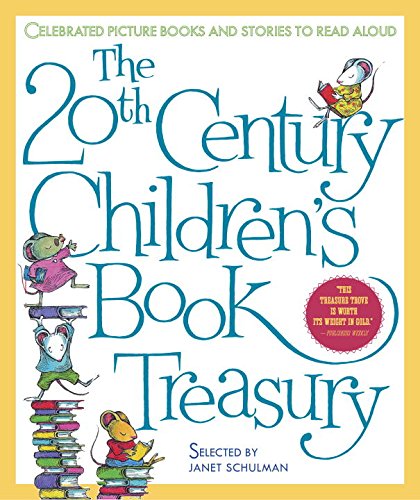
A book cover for The 20th-Century Children's Book Treasury: Picture Books and Stories to Read Aloud; Janet Schulman; Literature & Fiction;